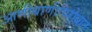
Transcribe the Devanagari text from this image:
आणीबाणीविरोधात